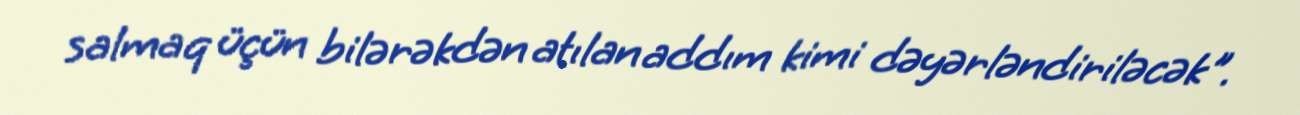
salmaq üçün bilərəkdən atılan addım kimi dəyərləndiriləcək".